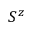
S ^ { z }